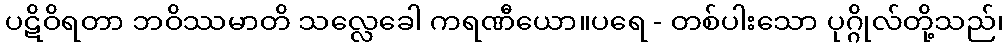
ပဋိဝိရတာ ဘဝိဿမာတိ သလ္လေခေါ ကရဏီယော။ပရေ - တစ်ပါးသော ပုဂ္ဂိုလ်တို့သည်၊